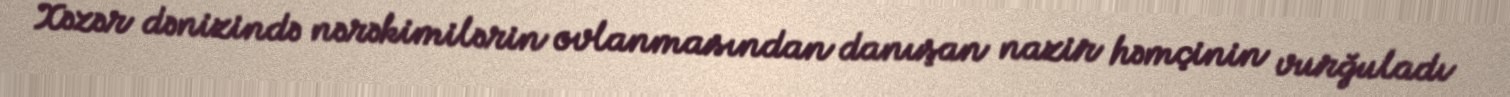
Xəzər dənizində nərəkimilərin ovlanmasından danışan nazir həmçinin vurğuladı